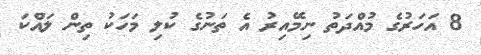
8 އަހަރުގެ މުއްދަތު ނިމޭއިރު އެ ތަނުގެ ކުލި މަހަކު ތިން ލައްކަ